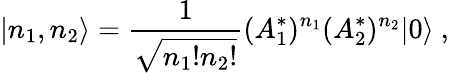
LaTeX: |n_{1},n_{2}\rangle=\frac{1}{\sqrt{n_{1}!n_{2}!}}(A_{1}^{*})^{n_{1}}(A_{2}^{*})^{n_{2}}|0\rangle\ ,